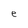
Character: e